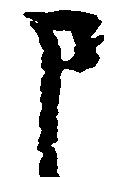
申